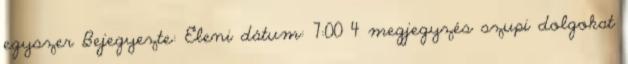
egyszer Bejegyezte: Eleni dátum: 7:00 4 megjegyzés szupi dolgokat